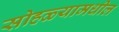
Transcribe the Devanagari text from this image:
सोहळ्यामधील